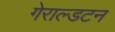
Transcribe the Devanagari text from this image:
गेराल्डटन